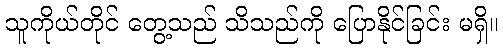
သူကိုယ်တိုင် တွေ့သည် သိသည်ကို ပြောနိုင်ခြင်း မရှိ။